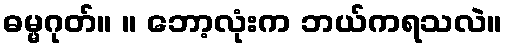
ဓမ္မဂုတ်။ ။ ဘော့လုံးက ဘယ်ကရသလဲ။